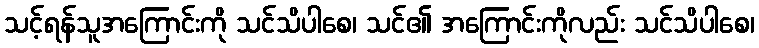
သင့်ရန်သူအကြောင်းကို သင်သိပါစေ၊ သင်၏ အကြောင်းကိုလည်း သင်သိပါစေ၊